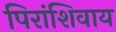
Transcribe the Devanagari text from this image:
पिरांशिवाय